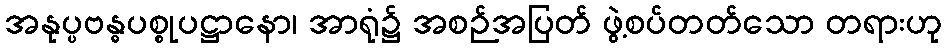
အနုပ္ပဗန္ဓပစ္စုပဋ္ဌာနော၊ အာရုံ၌ အစဉ်အပြတ် ဖွဲ့စပ်တတ်သော တရားဟု